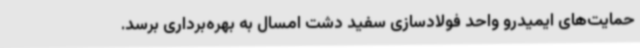
حمایت‌های ایمیدرو واحد فولادسازی سفید دشت امسال به بهره‌برداری برسد.